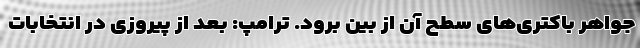
جواهر باکتری‌های سطح آن از بین برود. ترامپ: بعد از پیروزی در انتخابات